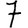
Digit: 7